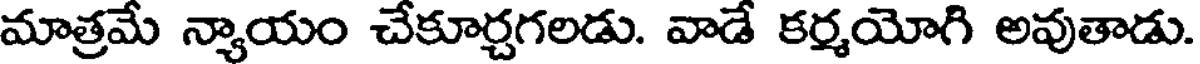
మాత్రమే న్యాయం చేకూర్చగలడు. వాడే కర్మయోగి అవుతాడు.